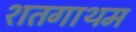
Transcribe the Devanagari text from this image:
शतगाथम